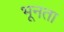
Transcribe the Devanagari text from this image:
भूनता